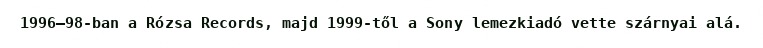
1996–98-ban a Rózsa Records, majd 1999-től a Sony lemezkiadó vette szárnyai alá.